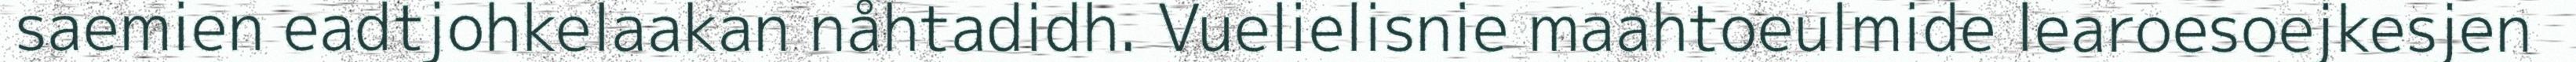
saemien eadtjohkelaakan nåhtadidh. Vuelielisnie maahtoeulmide learoesoejkesjen